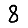
Digit: 8